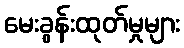
မေးခွန်းထုတ်မှုများ